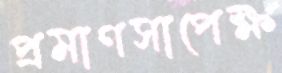
প্রমাণসাপেক্ষ